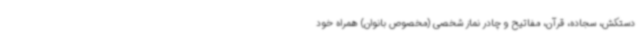
دستکش، سجاده، قرآن، مفاتیح و چادر نماز شخصی (مخصوص بانوان) همراه خود